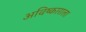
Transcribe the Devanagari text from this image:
अविष्काराला